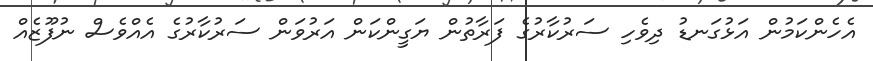
އެހެންކަމުން އަޅުގަނޑު ދިވެހި ސަރުކާރުގެ ފަރާތުން ޔަގީންކަން އަރުވަން ސަރުކާރުގެ އެއްވެސް ނުފޫޒެއް